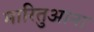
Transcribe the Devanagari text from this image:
मारितुआना